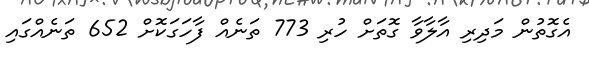
އެގޮތުން މަދިރި އާލާވާ ގޮތަށް ހުރި 773 ތަނެއް ފާހަގަކޮށް 652 ތަނެއްގައި